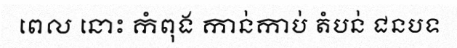
ពេល នោះ កំពុង កាន់កាប់ តំបន់ ជនបទ